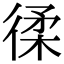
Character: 𢔟